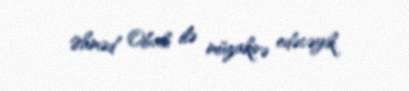
Əhməd Obalı ilə müzakirə edəcəyik.